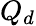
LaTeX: Q_{d}